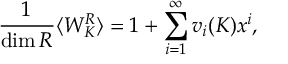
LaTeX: { \frac { 1 } { \mathrm { d i m } \, R } } \langle W _ { K } ^ { R } \rangle = 1 + \sum _ { i = 1 } ^ { \infty } v _ { i } ( K ) x ^ { i } ,